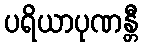
ပရိယာပုဏန္တီ